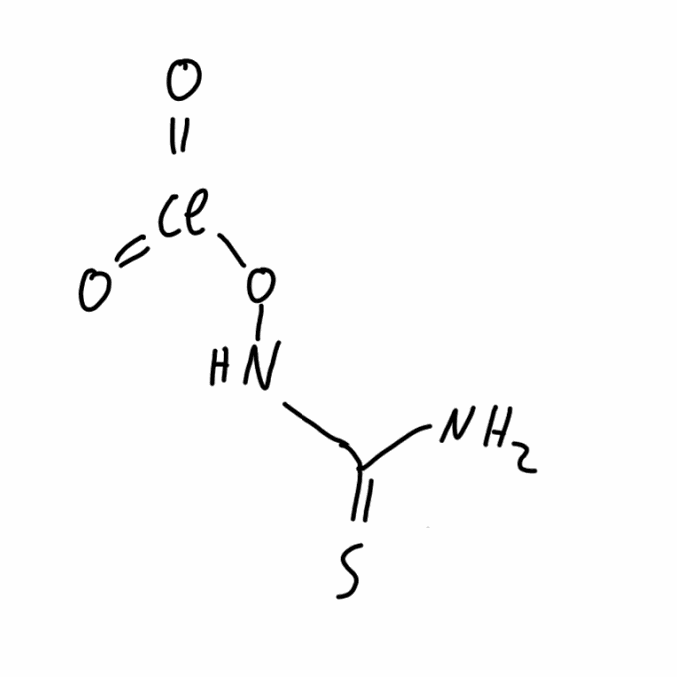
Simplified molecular-input line-entry system (SMILES) notation of the given molecule:
C(=S)(N)NOCl(=O)=O